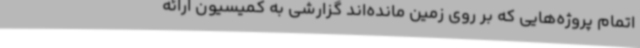
اتمام پروژه‌هایی که بر روی زمین مانده‌اند گزارشی به کمیسیون ارائه